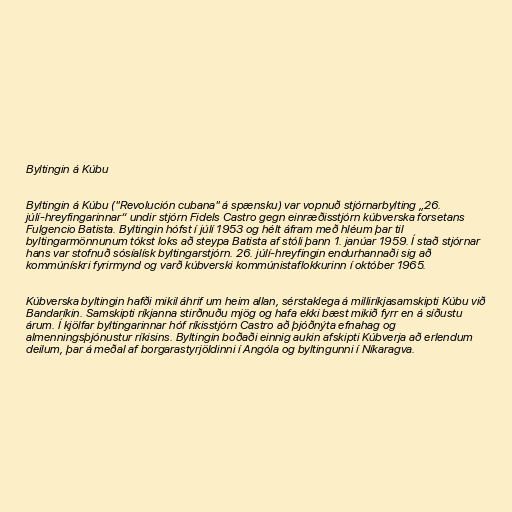
Byltingin á Kúbu

Byltingin á Kúbu ("Revolución cubana" á spænsku) var vopnuð stjórnarbylting „26.
júlí-hreyfingarinnar“ undir stjórn Fidels Castro gegn einræðisstjórn kúbverska forsetans
Fulgencio Batista. Byltingin hófst í júlí 1953 og hélt áfram með hléum þar til
byltingarmönnunum tókst loks að steypa Batista af stóli þann 1. janúar 1959. Í stað stjórnar
hans var stofnuð sósíalísk byltingarstjórn. 26. júlí-hreyfingin endurhannaði sig að
kommúnískri fyrirmynd og varð kúbverski kommúnistaflokkurinn í október 1965.

Kúbverska byltingin hafði mikil áhrif um heim allan, sérstaklega á milliríkjasamskipti Kúbu við
Bandaríkin. Samskipti ríkjanna stirðnuðu mjög og hafa ekki bæst mikið fyrr en á síðustu
árum. Í kjölfar byltingarinnar hóf ríkisstjórn Castro að þjóðnýta efnahag og
almenningsþjónustur ríkisins. Byltingin boðaði einnig aukin afskipti Kúbverja að erlendum
deilum, þar á meðal af borgarastyrjöldinni í Angóla og byltingunni í Níkaragva.